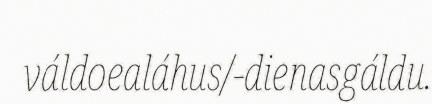
váldoealáhus/-dienasgáldu.